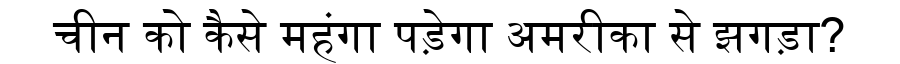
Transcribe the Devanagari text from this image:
चीन को कैसे महंगा पड़ेगा अमरीका से झगड़ा?